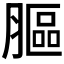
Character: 𦟾